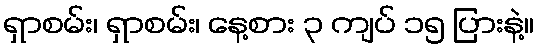
ရှာစမ်း၊ ရှာစမ်း၊ နေ့စား ၃ ကျပ် ၁၅ ပြားနဲ့။